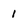
Character: l